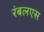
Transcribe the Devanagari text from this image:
रंबलएस